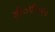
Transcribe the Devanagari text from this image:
डी०पी०ए०